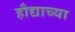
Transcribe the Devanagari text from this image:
हौद्याच्या